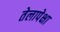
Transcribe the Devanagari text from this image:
तेलापेक्षा